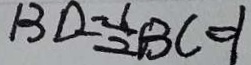
B D = \frac { 1 } { 2 } B C = 1